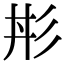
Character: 㣋